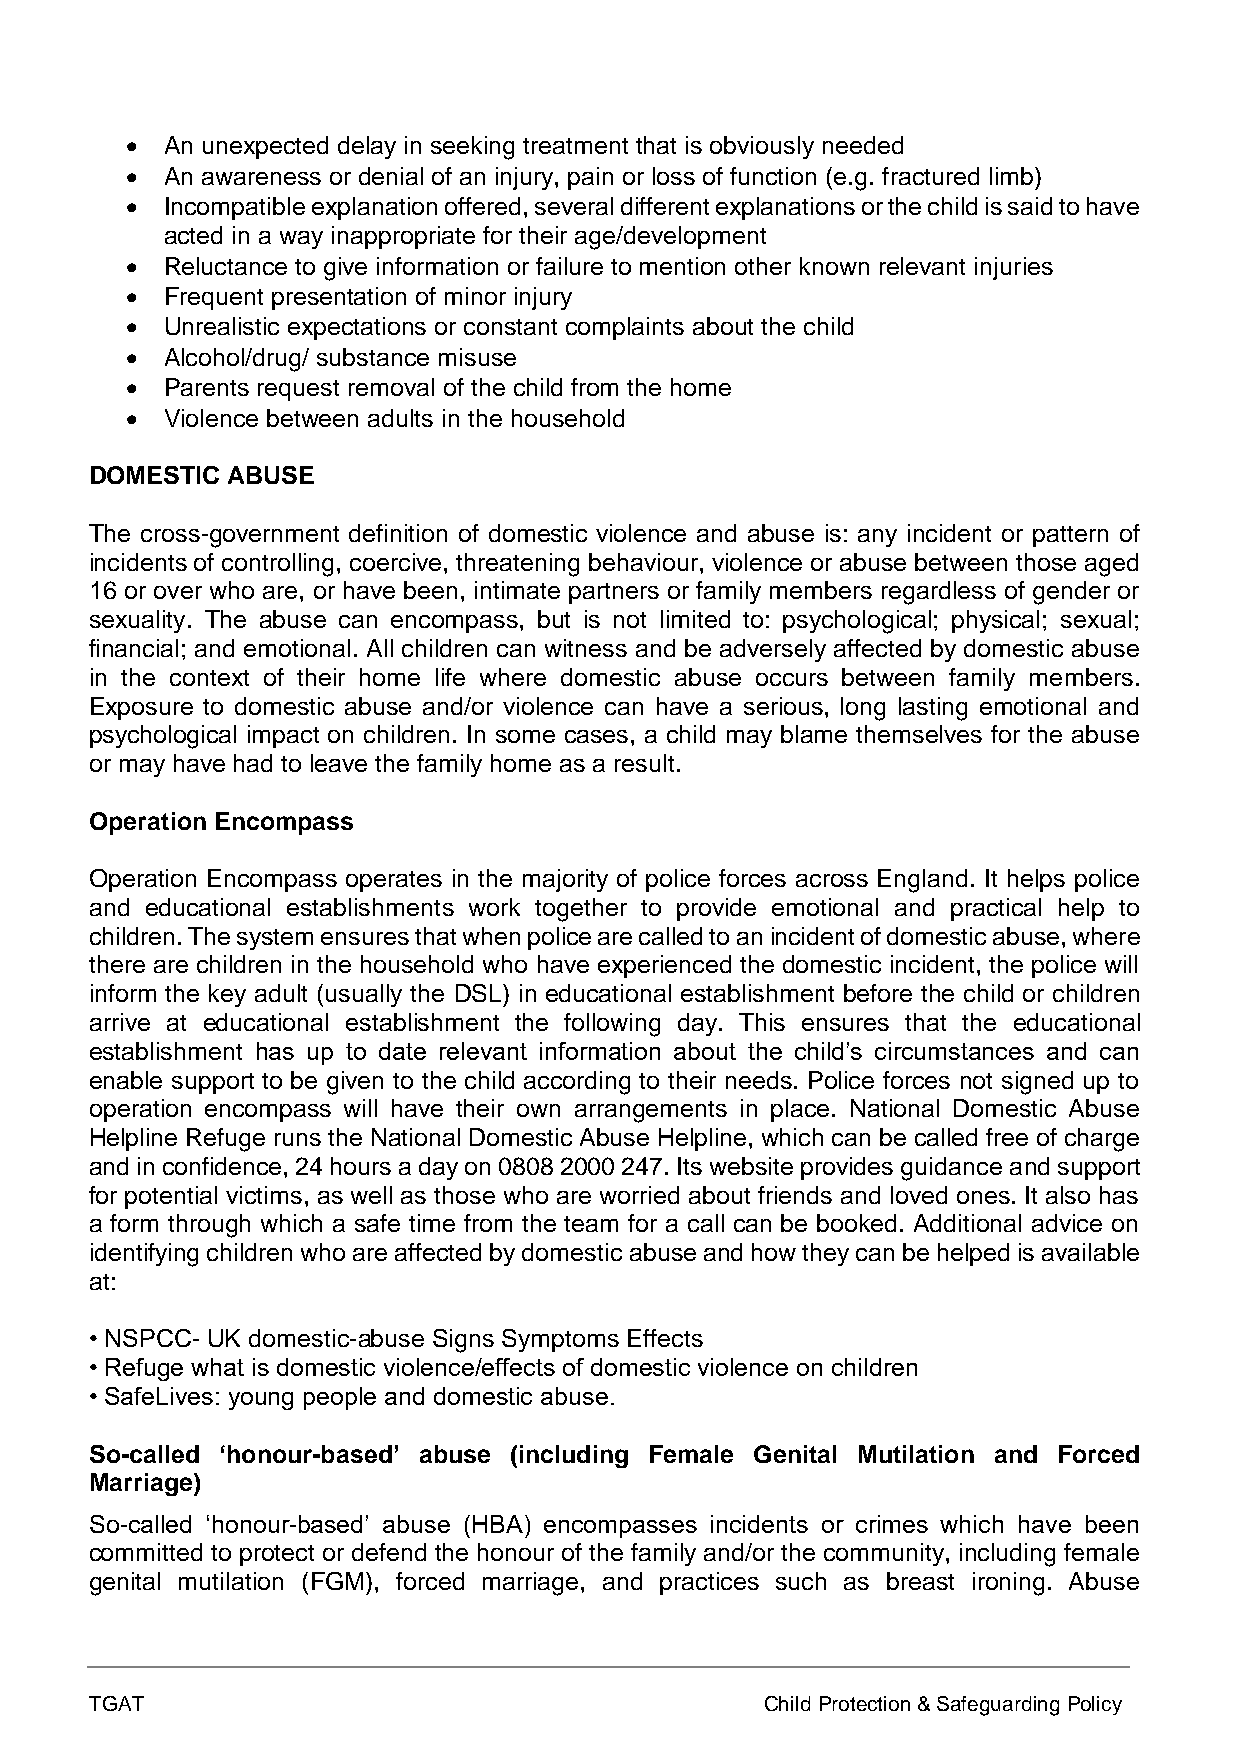
•  An unexpected delay in seeking treatment that is obviously needed
 •  An awareness or denial of an injury, pain or loss of function (e.g. fractured limb)
 •  Incompatible explanation offered, several different explanations or the child is said to have
 acted in a way inappropriate for their age/development
 •  Reluctance to give information or failure to mention other known relevant injuries
 •  Frequent presentation of minor injury
 •  Unrealistic expectations or constant complaints about the child
 •  Alcohol/drug/ substance misuse
 •  Parents request removal of the child from the home
 •  Violence between adults in the household
 DOMESTIC ABUSE
 The cross-government definition of domestic violence and abuse is: any incident or pattern of
 incidents of controlling, coercive, threatening behaviour, violence or abuse between those aged
 16 or over who are, or have been, intimate partners or family members regardless of gender or
 sexuality. The abuse can encompass, but is not limited to: psychological; physical; sexual;
 financial; and emotional. All children can witness and be adversely affected by domestic abuse
 in the context of their home life where domestic abuse occurs between family members.
 Exposure to domestic abuse and/or violence can have a serious, long lasting emotional and
 psychological impact on children. In some cases, a child may blame themselves for the abuse
 or may have had to leave the family home as a result.
 Operation Encompass
 Operation Encompass operates in the majority of police forces across England. It helps police
 and educational establishments work together to provide emotional and practical help to
 children. The system ensures that when police are called to an incident of domestic abuse, where
 there are children in the household who have experienced the domestic incident, the police will
 inform the key adult (usually the DSL) in educational establishment before the child or children
 arrive at educational establishment the following day. This ensures that the educational
 establishment has up to date relevant information about the child’s circumstances and can
 enable support to be given to the child according to their needs. Police forces not signed up to
 operation encompass will have their own arrangements in place. National Domestic Abuse
 Helpline Refuge runs the National Domestic Abuse Helpline, which can be called free of charge
 and in confidence, 24 hours a day on 0808 2000 247. Its website provides guidance and support
 for potential victims, as well as those who are worried about friends and loved ones. It also has
 a form through which a safe time from the team for a call can be booked. Additional advice on
 identifying children who are affected by domestic abuse and how they can be helped is available
 at:
 • NSPCC- UK domestic-abuse Signs Symptoms Effects
 • Refuge what is domestic violence/effects of domestic violence on children
 • SafeLives: young people and domestic abuse.
 So-called ‘honour-based’ abuse (including Female Genital Mutilation and Forced
 Marriage)
 So-called ‘honour-based’ abuse (HBA) encompasses incidents or crimes which have been
 committed to protect or defend the honour of the family and/or the community, including female
 genital mutilation (FGM), forced marriage, and practices such as breast ironing. Abuse
 TGAT                                         Child Protection & Safeguarding Policy